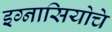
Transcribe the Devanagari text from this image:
इग्नासियोचे